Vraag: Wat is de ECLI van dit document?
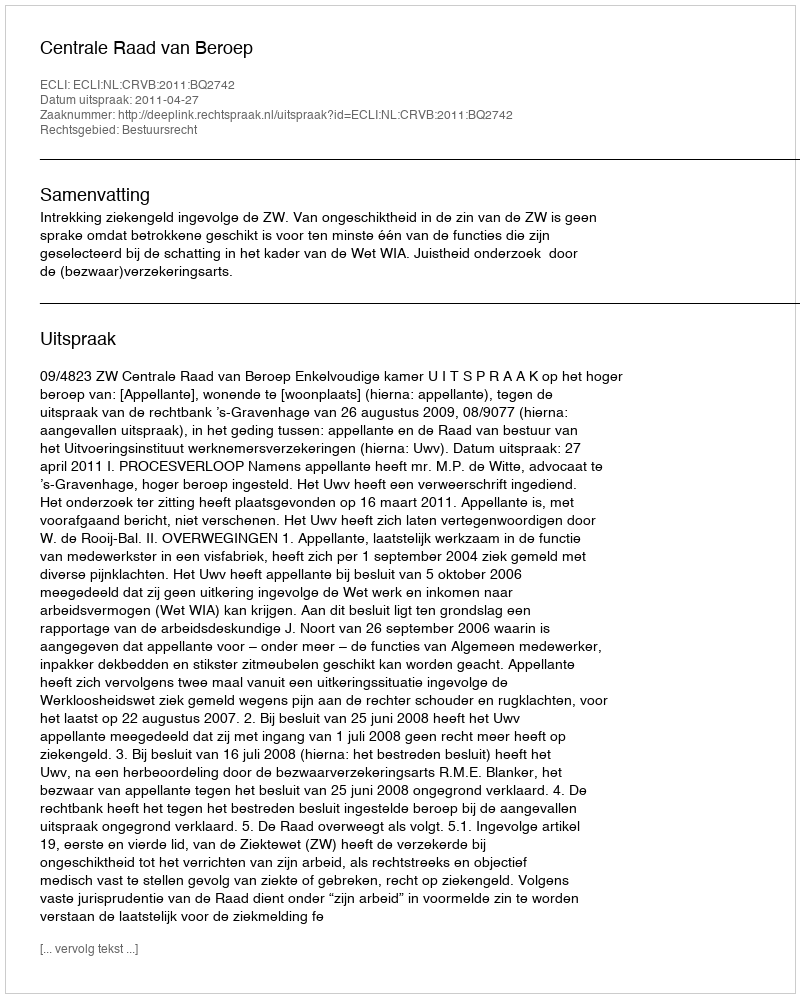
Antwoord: ECLI:NL:CRVB:2011:BQ2742